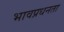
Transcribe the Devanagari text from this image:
भावप्रधनता